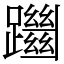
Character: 躖